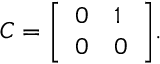
C = { \left[ \begin{array} { l l } { 0 } & { 1 } \\ { 0 } & { 0 } \end{array} \right] } .